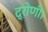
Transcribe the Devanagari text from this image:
द्रोणी।